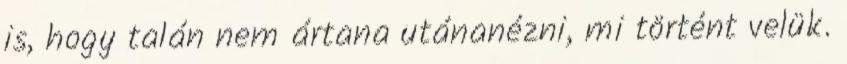
is, hogy talán nem ártana utánanézni, mi történt velük.